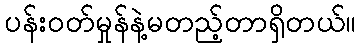
ပန်းဝတ်မှုန်နဲ့မတည့်တာရှိတယ်။